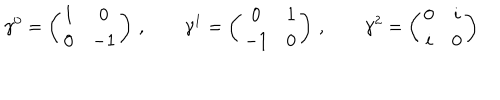
LaTeX: \gamma ^ { 0 } = \left( \begin{array} { c c } { { 1 } } & { { 0 } } \\ { { 0 } } & { { - 1 } } \\ \end{array} \right) \, , \qquad \gamma ^ { 1 } = \left( \begin{array} { c c } { { 0 } } & { { 1 } } \\ { { - 1 } } & { { 0 } } \\ \end{array} \right) \, , \qquad \gamma ^ { 2 } = \left( \begin{array} { c c } { { 0 } } & { { i } } \\ { { i } } & { { 0 } } \\ \end{array} \right)